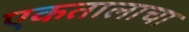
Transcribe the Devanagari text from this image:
एकतालाचा